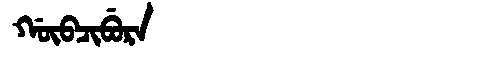
Manchu: ᡤᡡᠪᠴᡳᠪᡠᡵᠠ
Romanization: GŪBCIBURA